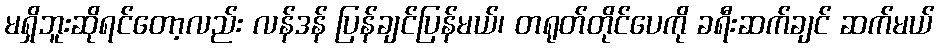
မရှိဘူးဆိုရင်တော့လည်း လန်ဒန် ပြန်ချင်ပြန်မယ်၊ တရုတ်တိုင်ပေကို ခရီးဆက်ချင် ဆက်မယ်